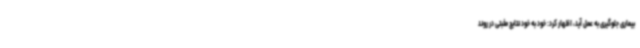
بیماری جلوگیری به عمل آید، اظهار کرد: خود به خود نتایج مثبتی در روند